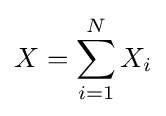
X=\sum _{i=1}^{N}X_{i}